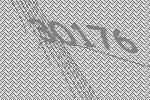
30176